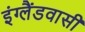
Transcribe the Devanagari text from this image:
इंग्लैंडवासी